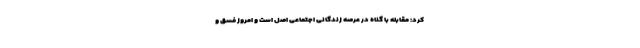
کرد: مقابله با گناه در عرصه زندگانی اجتماعی اصل است و امروز فسق و